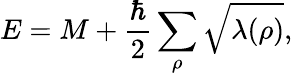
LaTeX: E=M+{\frac{\hbar}{2}}\sum_{\rho}\sqrt{\lambda(\rho)},